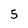
Character: 5